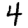
Digit: 4